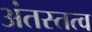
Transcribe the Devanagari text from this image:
अंतस्तत्व